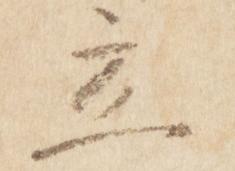
立